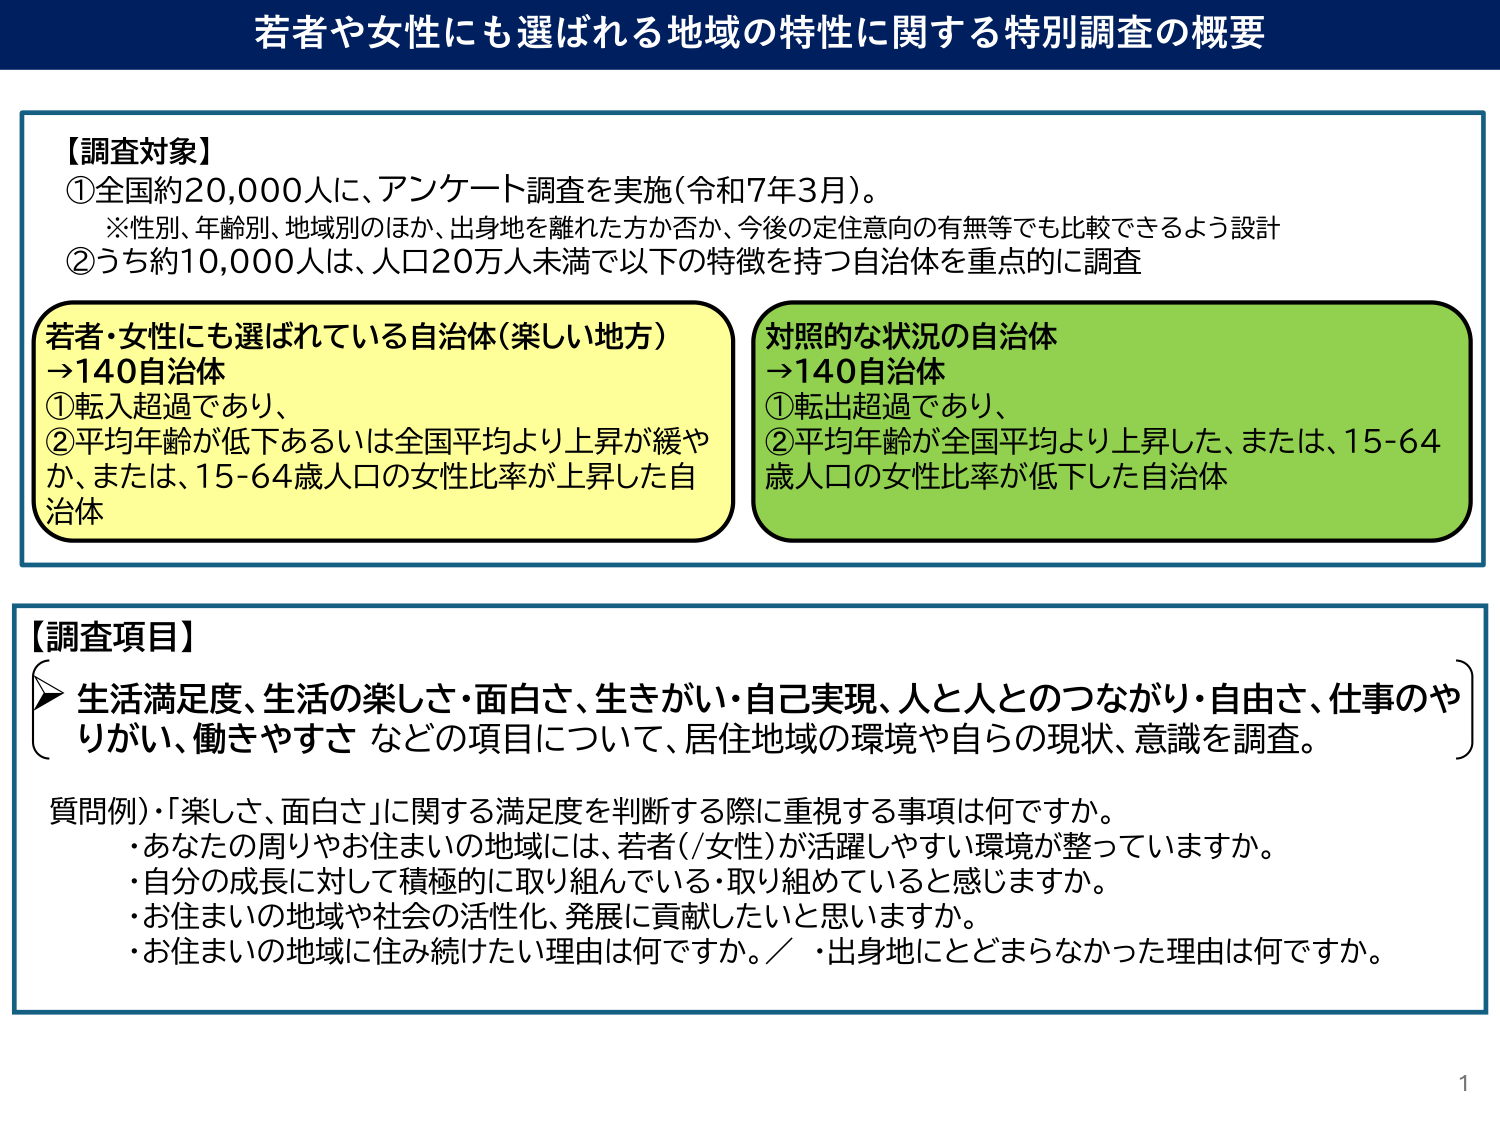
若者や女性にも選ばれる地域の特性に関する特別調査の概要

【調査対象】
①全国約20,000人に、アンケート調査を実施（令和7年3月）。
　※性別、年齢別、地域別のほか、出身地を離れた方か否か、今後の定住意向の有無等でも比較できるよう設計
②うち約10,000人は、人口20万人未満で以下の特徴を持つ自治体を重点的に調査

若者・女性にも選ばれている自治体（楽しい地方）
→140自治体
①転入超過であり、
②平均年齢が低下あるいは全国平均より上昇が緩やか、または、15-64歳人口の女性比率が上昇した自治体

対照的な状況の自治体
→140自治体
①転出超過であり、
②平均年齢が全国平均より上昇した、または、15-64歳人口の女性比率が低下した自治体

【調査項目】
生活満足度、生活の楽しさ・面白さ、生きがい・自己実現、人と人とのつながり・自由さ、仕事のやりがい、働きやすさ などの項目について、居住地域の環境や自らの現状、意識を調査。

質問例）・「楽しさ、面白さ」に関する満足度を判断する際に重視する事項は何ですか。
・あなたの周りやお住まいの地域には、若者（／女性）が活躍しやすい環境が整っていますか。
・自分の成長に対して積極的に取り組んでいる・取り組めていると感じますか。
・お住まいの地域や社会の活性化、発展に貢献したいと思いますか。
・お住まいの地域に住み続けたい理由は何ですか。／・出身地にとどまらなかった理由は何ですか。

1